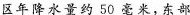
区年降水量约50毫米，东部